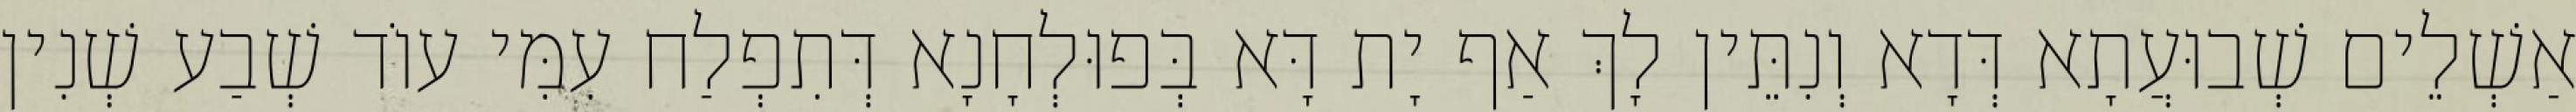
אַשְׁלֵים שְׁבוּעֲתָא דְּדָא וְנִתֵּין לָךְ אַף יָת דָּא בְּפוּלְחָנָא דְּתִפְלַח עִמִּי עוֹד שְׁבַע שְׁנִין